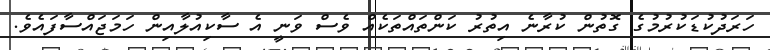
ހަރަދުކުޑަކުރުމުގެ ގޮތުން ކުރާނެ އިތުރު ކަންތައްތަކެއް ވެސް ވަނީ އެ ސާކިއުލާއިން ހަމަޖައްސާފައެވެ.